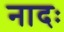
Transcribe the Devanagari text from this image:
नादः